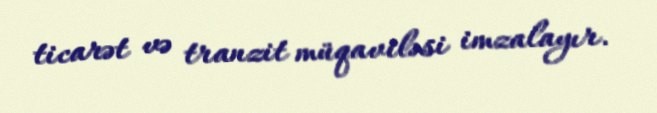
ticarət və tranzit müqaviləsi imzalayır.